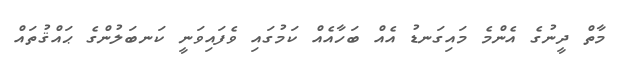
މާތް ދީނުގެ އެންމެ މައިގަނޑު އެއް ބަހާއެއް ކަމުގައި ވެފައިވަނީ ކަނބަލުންގެ ޙައްޤުތައް